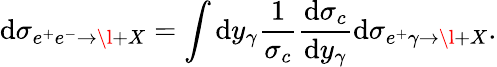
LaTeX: \mathrm{d}\sigma_{e^{+}e^{-}\to\l+X}=\int\mathrm{d}y_{\gamma}\frac{1}{\sigma_{c}}\frac{\mathrm{d}\sigma_{c}}{\mathrm{d}y_{\gamma}}\mathrm{d}\sigma_{e^{+}\gamma\to\l+X}.